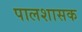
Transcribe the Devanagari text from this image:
पालशासक